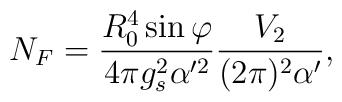
N_F=\frac{R_0^4\sin\varphi}{4\pi g_s^2 \alpha'^2}\frac{V_2}{(2\pi)^2\alpha'},